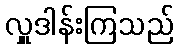
လှူဒါန်းကြသည်